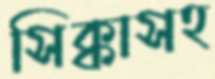
সিক্কাসহ